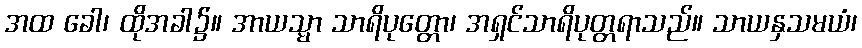
အထ ခေါ၊ ထိုအခါ၌။ အာယသ္မာ သာရိပုတ္တော၊ အရှင်သာရိပုတ္တရာသည်။ သာယနှသမယံ၊